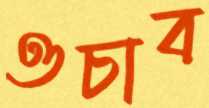
ওচাব